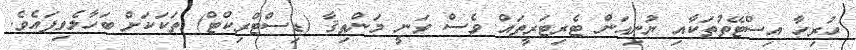
ހުރިހާ އިސްޓޭތުތަކާއި ޔުނިއަން ޓެރިޓަރީތައް ވެސް ވަނީ މަންޠިޤާ (ޑިސްޓްރިކްޓް) ތަކަކަށް ބަހާލެވިފައެވެ.